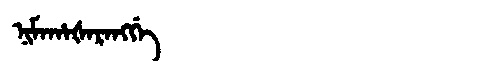
Manchu: ᠨᡳᠮᠠᡥᠠᡧᠠᡵᠠᠩᡤᡝ
Romanization: NIMAHAŠARANGGE